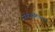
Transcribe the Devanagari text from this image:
फोटोइलैक्ट्रिक